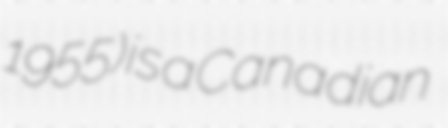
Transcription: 1955) is a Canadian